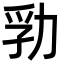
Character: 㔜